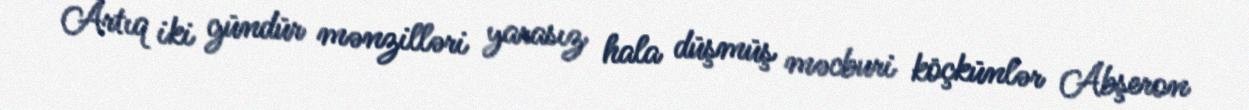
Artıq iki gündür mənzilləri yarasız hala düşmüş məcburi köçkünlər Abşeron